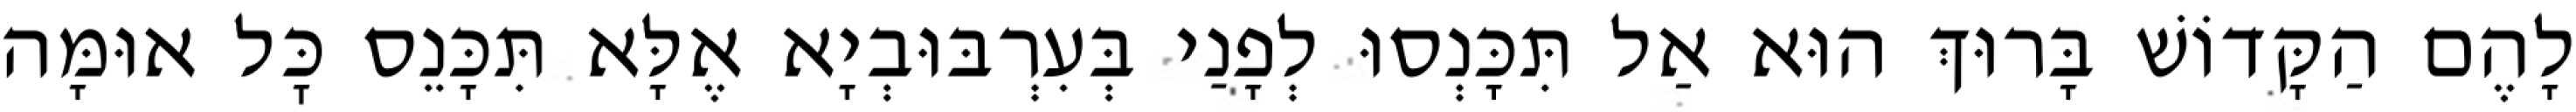
לָהֶם הַקָּדוֹשׁ בָּרוּךְ הוּא אַל תִּכָּנְסוּ לְפָנַי בְּעִרְבּוּבְיָא אֶלָּא תִּכָּנֵס כׇּל אוּמָּה